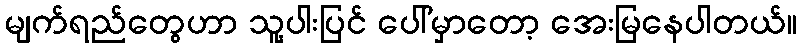
မျက်ရည်တွေဟာ သူ့ပါးပြင် ပေါ်မှာတော့ အေးမြနေပါတယ်။